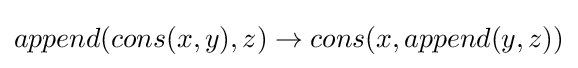
append(cons(x,y),z)\to cons(x,append(y,z))